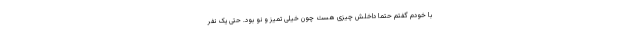
با خودم گفتم حتما داخلش چیزی هست چون خیلی تمیز و نو بود. حتی یک نفر